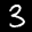
Label: 3